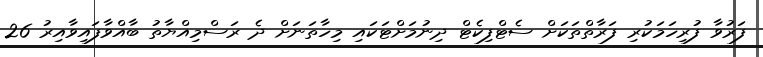
ފަރުވާ ފުރިހަމަކުރި ފަރާތްތަކަށް ސެޓްފިކެޓް ދިނުމަށްޓަކައި މިހާތަނަށް ދެ ރަސްމިއްޔާތު ބާއްވާފައިވާއިރު 26